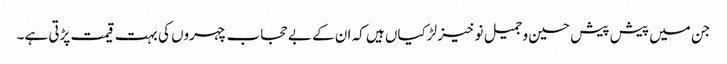
جن میں پیش پیش حسین و جمیل نو خیز لڑکیاں ہیں کہ ان کے بے حجاب چہروں کی بہت قیمت پڑتی ہے۔